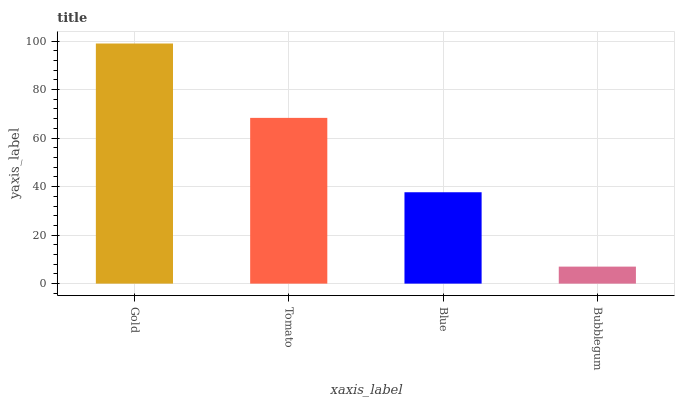
| xaxis_label | bars |
 | --- | --- |
 | Gold | 99 |
 | Tomato | 68.3 |
 | Blue | 37.7 |
 | Bubblegum | 7.01 |